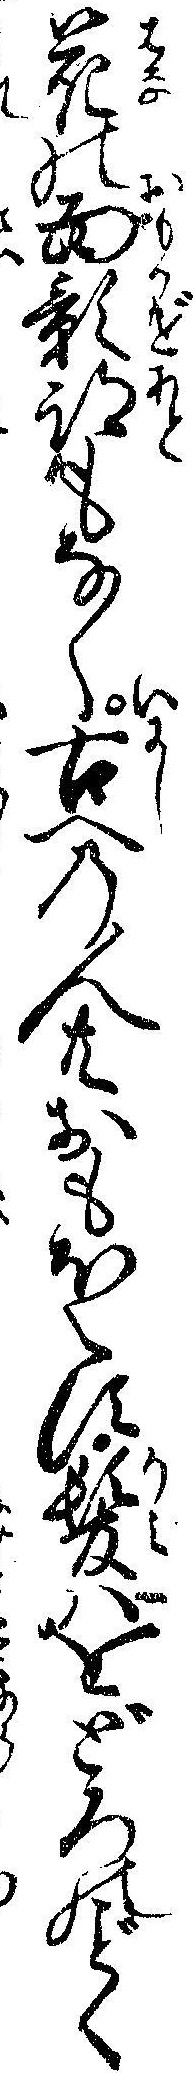
花の面影跡もなく古への人共おもほえす髪ハをどろのごとく